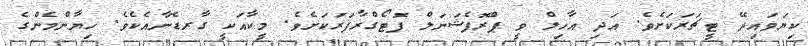
ކިޔަވައިދޭ ޓީޗަރަކަށެވެ. އަދި އާހިލް ވީ ޕްރޮފެޝަނަލް ފޮޓޯގްރާފަރަކަށެވެ. މީކާއަކީ ގާރޑެނާއެކެވެ. ހިޔާންމެންގެ